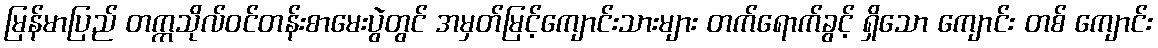
မြန်မာပြည် တက္ကသိုလ်ဝင်တန်းစာမေးပွဲတွင် အမှတ်မြင့်ကျောင်းသားများ တက်ရောက်ခွင့် ရှိသော ကျောင်း တစ် ကျောင်း